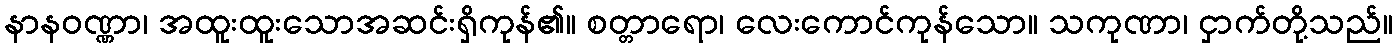
နာနဝဏ္ဏာ၊ အထူးထူးသောအဆင်းရှိကုန်၏။ စတ္တာရော၊ လေးကောင်ကုန်သော။ သကုဏာ၊ ငှာက်တို့သည်။